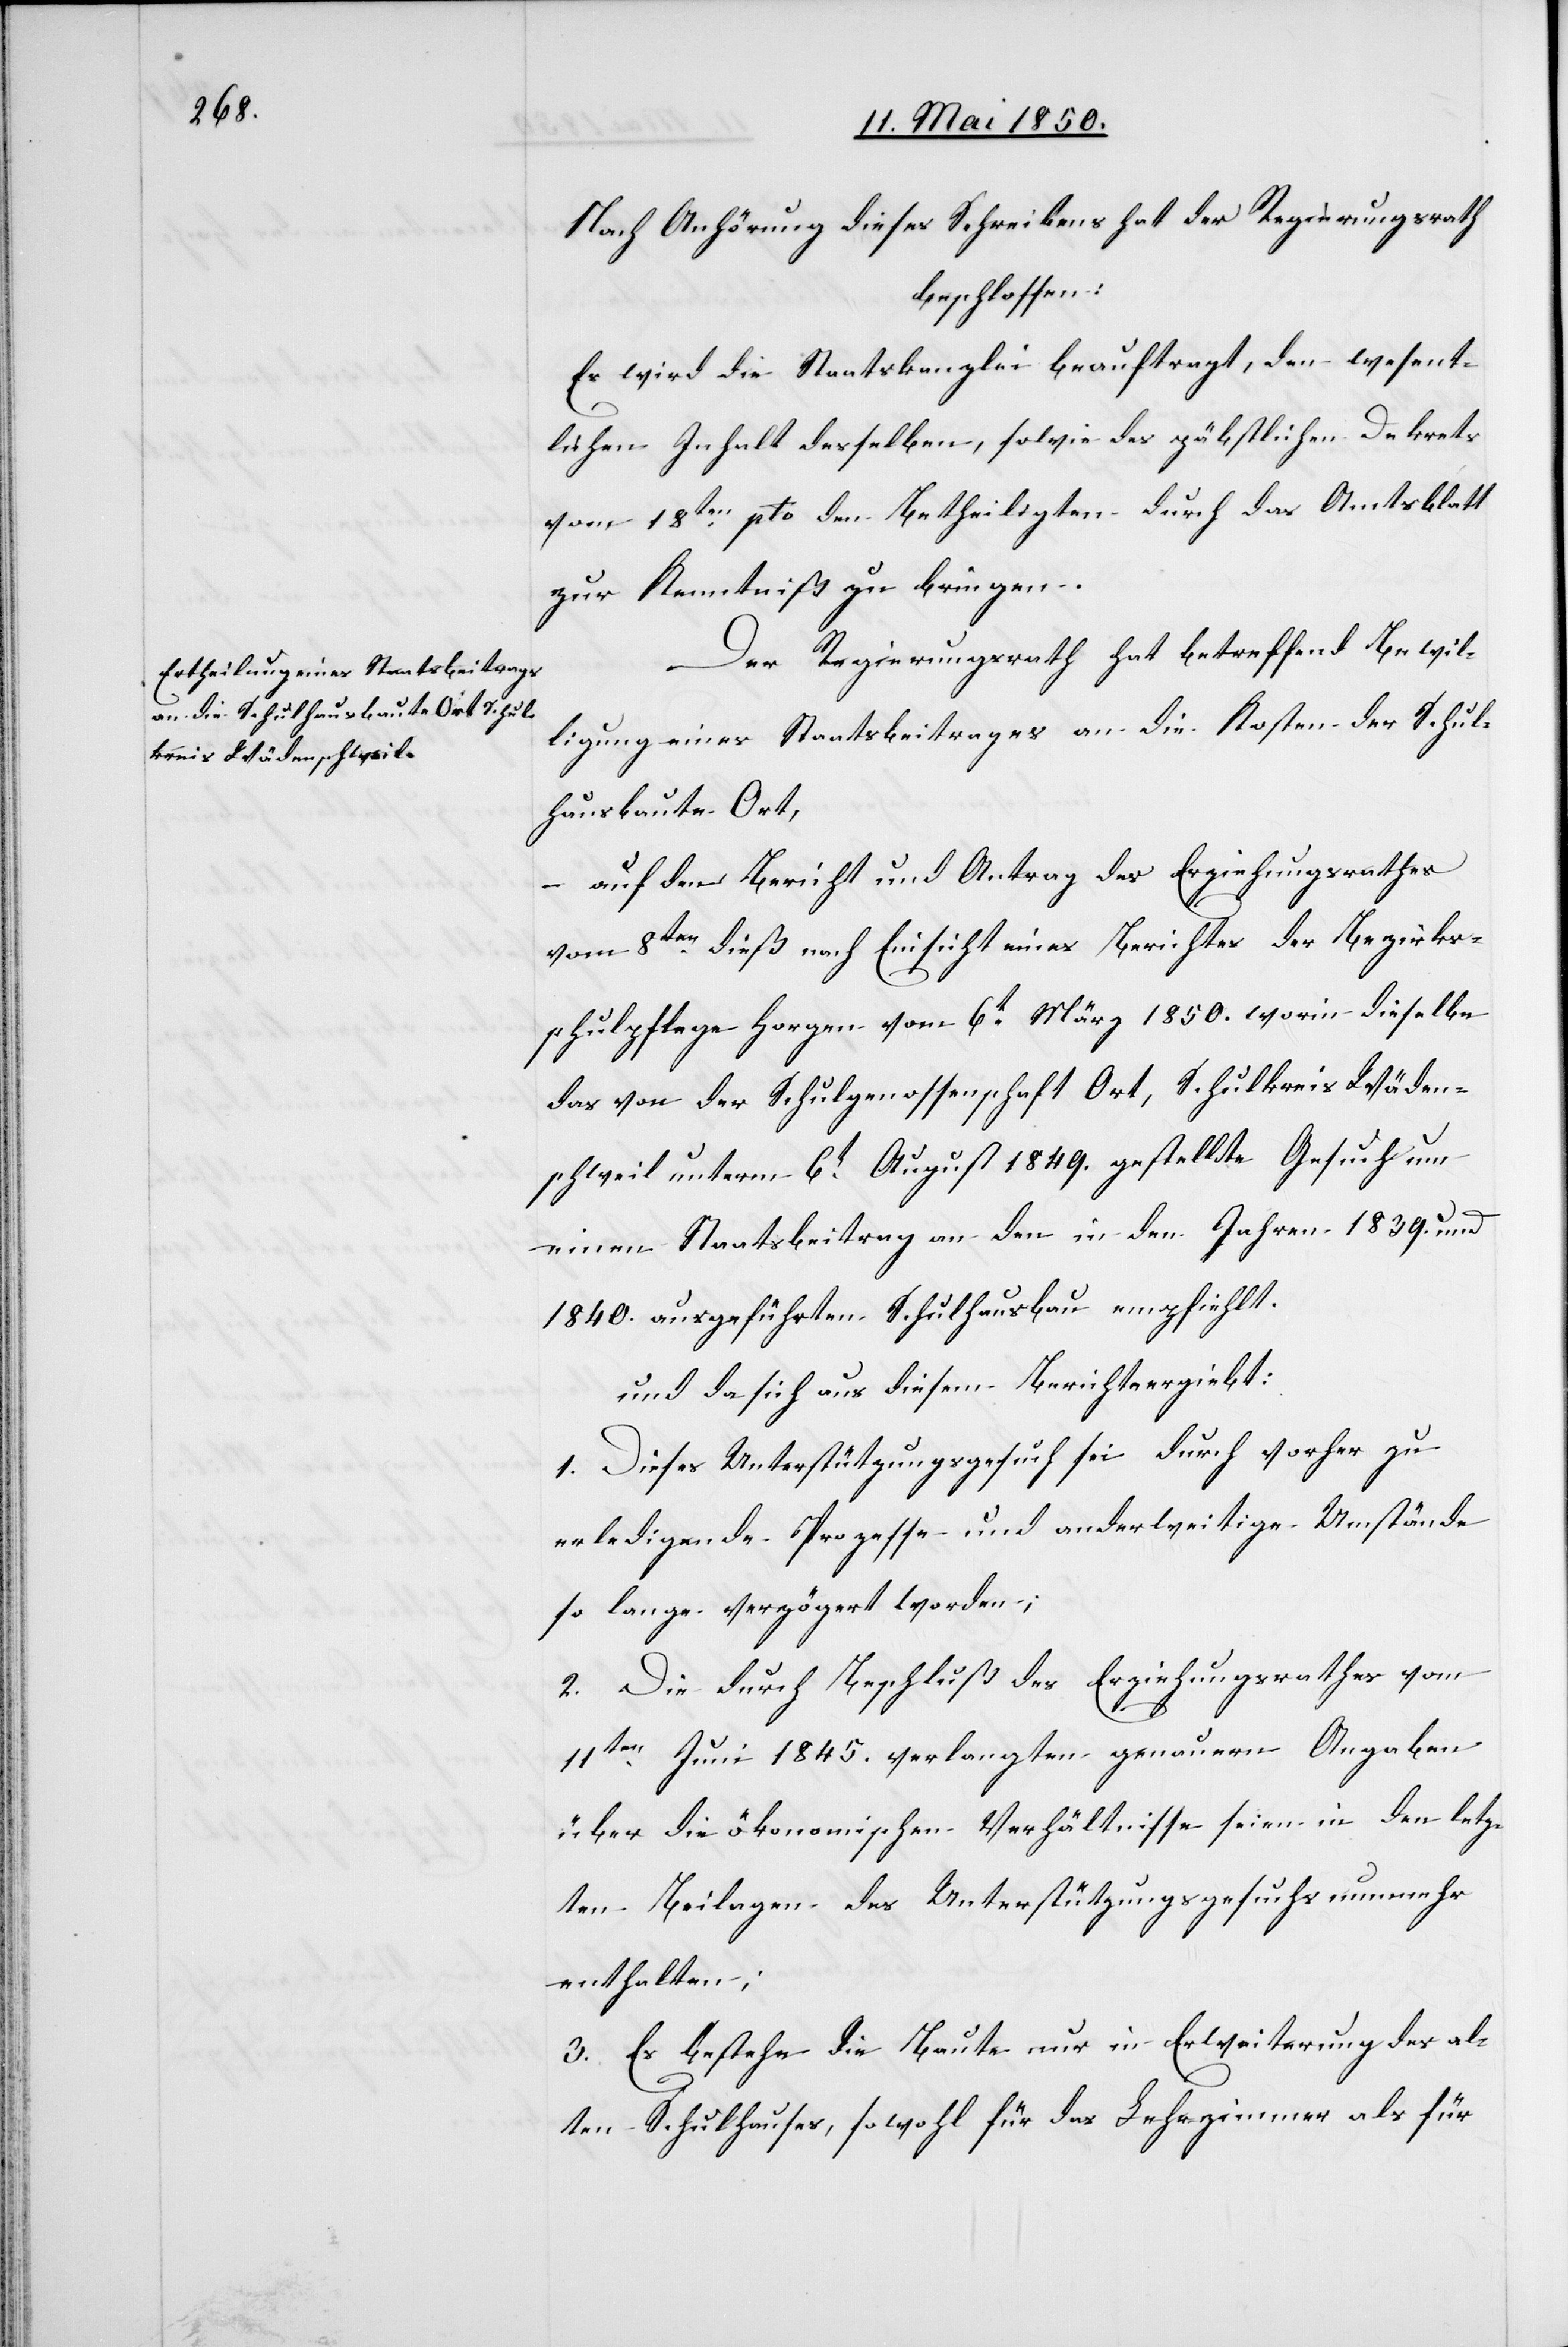
Nach Anhörung dieses Schreibens hat der Regierungsrath
beschlossen:
Es wird die Staatskanzlei beauftragt, den wesent¬
lichen Inhalt desselben, sowie des päbstlichen Dekrets
vom 18ten pto den Betheiligten durch das Amtsblatt
zur Kenntniß zu bringen.
Der Regierungsrath hat betreffend Bewil¬
ligung eines Staatsbeitrages an die Kosten der Schul¬
hausbaute Ort,
– auf den Bericht und Antrag des Erziehungsrathes
vom 8ten dieß nach Einsicht eines Berichtes der Bezirks¬
schulpflege Horgen vom 6t März 1850. worin dieselbe
das von der Schulgenossenschaft Ort, Schulkreis Wäden¬
schweil unterm 6t August 1849. gestellte Gesuch um
einen Staatsbeitrag an den in den Jahren 1839. und
1840. ausgeführten Schulhausbau empfiehlt.
und da sich aus diesem Bericht ergiebt:
1. Dieses Unterstützungsgesuch sei durch vorher zu
erledigende Prozesse und anderweitige Umstände
so lange verzögert worden;
2. Die durch Beschluß des Erziehungsrathes vom
11ten Juni 1845. verlangten genauern Angaben
über die ökonomischen Verhältnisse seien in den letz¬
ten Beilagen des Unterstützungsgesuchs nunmehr
enthalten;
3. Es bestehe die Baute nur in Erweiterung des al¬
ten Schulhauses, sowohl für das Lehrzimmer als für